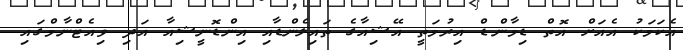
އެކަމަކު އެއަށް އޮތް ޑިމާންޑް އިރުމަތީ އޭޝިއާގެ ތައިލެންޑާއި އިންޑޮނީޝިއާ އަދި ވިއެޓްނާމްގައި